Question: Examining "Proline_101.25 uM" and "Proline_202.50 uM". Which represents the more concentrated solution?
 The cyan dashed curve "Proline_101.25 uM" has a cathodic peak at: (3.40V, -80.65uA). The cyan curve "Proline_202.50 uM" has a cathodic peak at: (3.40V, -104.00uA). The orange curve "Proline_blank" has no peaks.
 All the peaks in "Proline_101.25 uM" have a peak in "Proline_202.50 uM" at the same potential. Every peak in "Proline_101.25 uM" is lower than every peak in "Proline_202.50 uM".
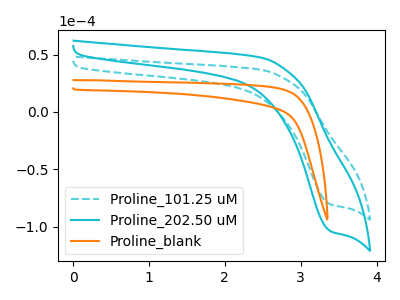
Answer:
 <answer>"Proline_101.25 uM" has less signal than "Proline_202.50 uM" and so likely has a lower concentration.</answer>
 <eval>less_concentration</eval>